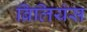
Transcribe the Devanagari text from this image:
ब्रिलियंस